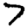
Digit: 7